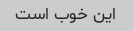
این خوب است